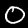
Label: 0